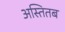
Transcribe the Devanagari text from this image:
अस्तितब